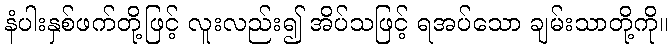
နံပါးနှစ်ဖက်တို့ဖြင့် လူးလည်း၍ အိပ်သဖြင့် ရအပ်သော ချမ်းသာတို့ကို။